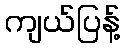
ကျယ်ပြန့်